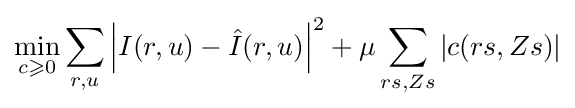
\min _{c\geqslant 0}\sum _{r,u}\left\vert I(r,u)-{\hat {I}}(r,u)\right\vert ^{2}+\mu \sum _{rs,Zs}\left\vert c(rs,Zs)\right\vert